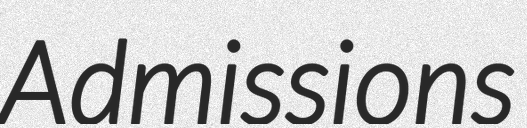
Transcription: Admissions